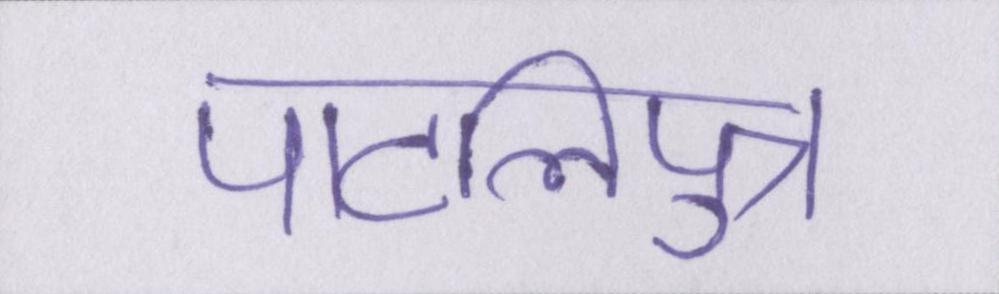
पाटलिपुत्र